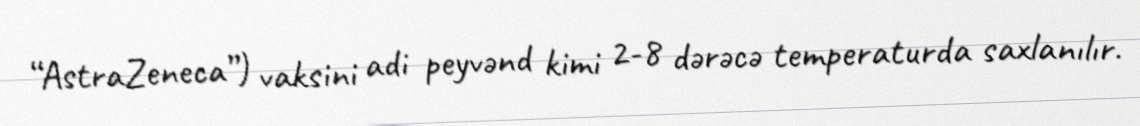
“AstraZeneca”) vaksini adi peyvənd kimi 2-8 dərəcə temperaturda saxlanılır.